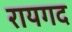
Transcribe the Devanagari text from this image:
रायगद